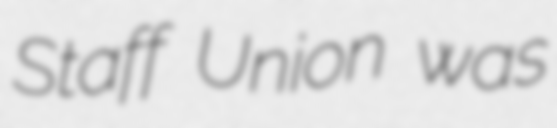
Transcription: Staff Union was